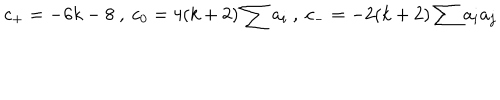
c _ { + } = - 6 k - 8 \ , \ c _ { 0 } = 4 ( k + 2 ) \sum a _ { i } \ , \ c _ { - } = - 2 ( k + 2 ) \sum a _ { i } a _ { j }